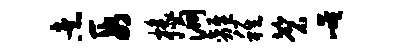
煮段椽洞离稚磬崦